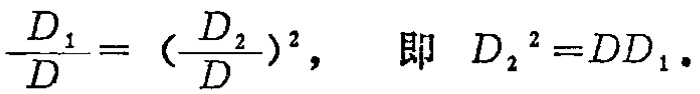
$\frac{D_{1}}{D}=(\frac{D_{2}}{D})^{2},\ \ 即\ \ D_{2}^{2}=DD_{1}.$